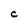
Character: C